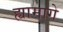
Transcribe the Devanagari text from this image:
ह्यामागे